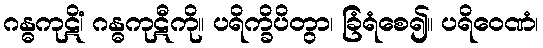
ဂန္ဓကုဋိံ၊ ဂန္ဓကုဋီကို။ ပရိက္ခိပိတွာ၊ ခြံရံစေ၍။ ပရိဝေဏံ၊